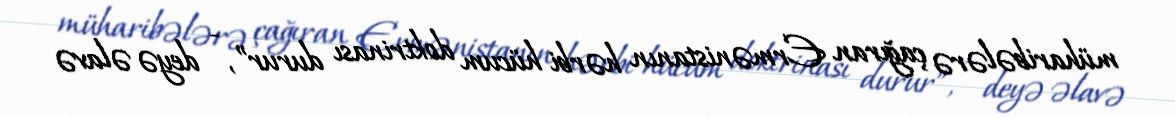
müharibələrə çağıran Ermənistanın hərbi hücum doktrinası durur”, - deyə əlavə